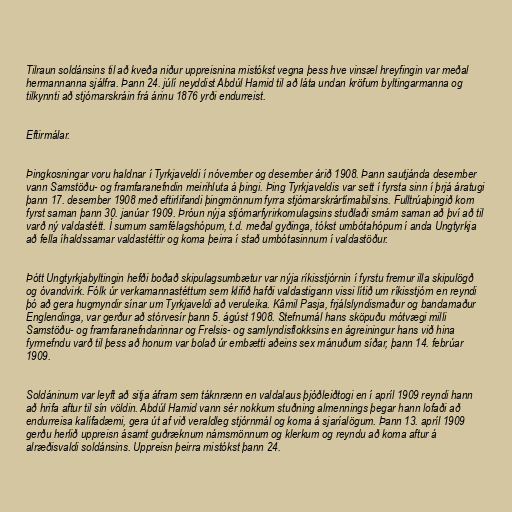
Tilraun soldánsins til að kveða niður uppreisnina mistókst vegna þess hve vinsæl hreyfingin var meðal
hermannanna sjálfra. Þann 24. júlí neyddist Abdúl Hamid til að láta undan kröfum byltingarmanna og
tilkynnti að stjórnarskráin frá árinu 1876 yrði endurreist.

Eftirmálar.

Þingkosningar voru haldnar í Tyrkjaveldi í nóvember og desember árið 1908. Þann sautjánda desember
vann Samstöðu- og framfaranefndin meirihluta á þingi. Þing Tyrkjaveldis var sett í fyrsta sinn í þrjá áratugi
þann 17. desember 1908 með eftirlifandi þingmönnum fyrra stjórnarskrártímabilsins. Fulltrúaþingið kom
fyrst saman þann 30. janúar 1909. Þróun nýja stjórnarfyrirkomulagsins stuðlaði smám saman að því að til
varð ný valdastétt. Í sumum samfélagshópum, t.d. meðal gyðinga, tókst umbótahópum í anda Ungtyrkja
að fella íhaldssamar valdastéttir og koma þeirra í stað umbótasinnum í valdastöður.

Þótt Ungtyrkjabyltingin hefði boðað skipulagsumbætur var nýja ríkisstjórnin í fyrstu fremur illa skipulögð
og óvandvirk. Fólk úr verkamannastéttum sem klifið hafði valdastigann vissi lítið um ríkisstjórn en reyndi
þó að gera hugmyndir sínar um Tyrkjaveldi að veruleika. Kâmil Pasja, frjálslyndismaður og bandamaður
Englendinga, var gerður að stórvesír þann 5. ágúst 1908. Stefnumál hans sköpuðu mótvægi milli
Samstöðu- og framfaranefndarinnar og Frelsis- og samlyndisflokksins en ágreiningur hans við hina
fyrrnefndu varð til þess að honum var bolað úr embætti aðeins sex mánuðum síðar, þann 14. febrúar
1909.

Soldáninum var leyft að sitja áfram sem táknrænn en valdalaus þjóðleiðtogi en í apríl 1909 reyndi hann
að hrifa aftur til sín völdin. Abdúl Hamid vann sér nokkurn stuðning almennings þegar hann lofaði að
endurreisa kalífadæmi, gera út af við veraldleg stjórnmál og koma á sjaríalögum. Þann 13. apríl 1909
gerðu herlið uppreisn ásamt guðræknum námsmönnum og klerkum og reyndu að koma aftur á
alræðisvaldi soldánsins. Uppreisn þeirra mistókst þann 24.